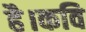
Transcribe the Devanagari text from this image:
है।कवि